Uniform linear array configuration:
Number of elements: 32
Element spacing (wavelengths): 0.5
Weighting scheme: hamming
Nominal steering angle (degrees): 0
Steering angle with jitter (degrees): -1.582
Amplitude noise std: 0.05
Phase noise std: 0.05

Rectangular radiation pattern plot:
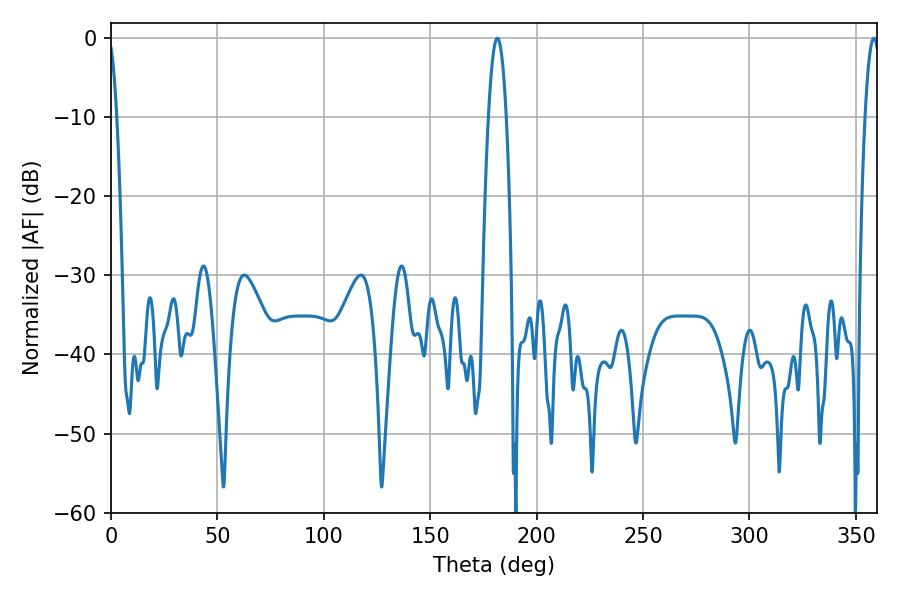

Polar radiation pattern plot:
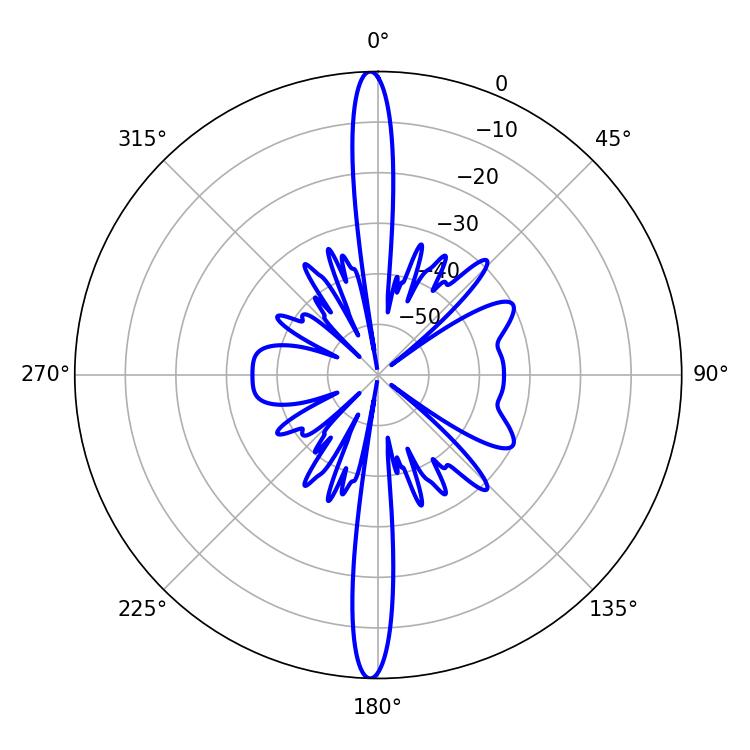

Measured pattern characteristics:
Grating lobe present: FALSE
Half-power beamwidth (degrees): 4.5
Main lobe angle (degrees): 181.62